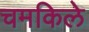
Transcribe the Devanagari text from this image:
चमकिले